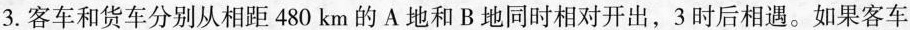
3.客车和货车分别从相距 480 km 的 A 地和 B 地同时相对开出，3时后相遇。如果客车